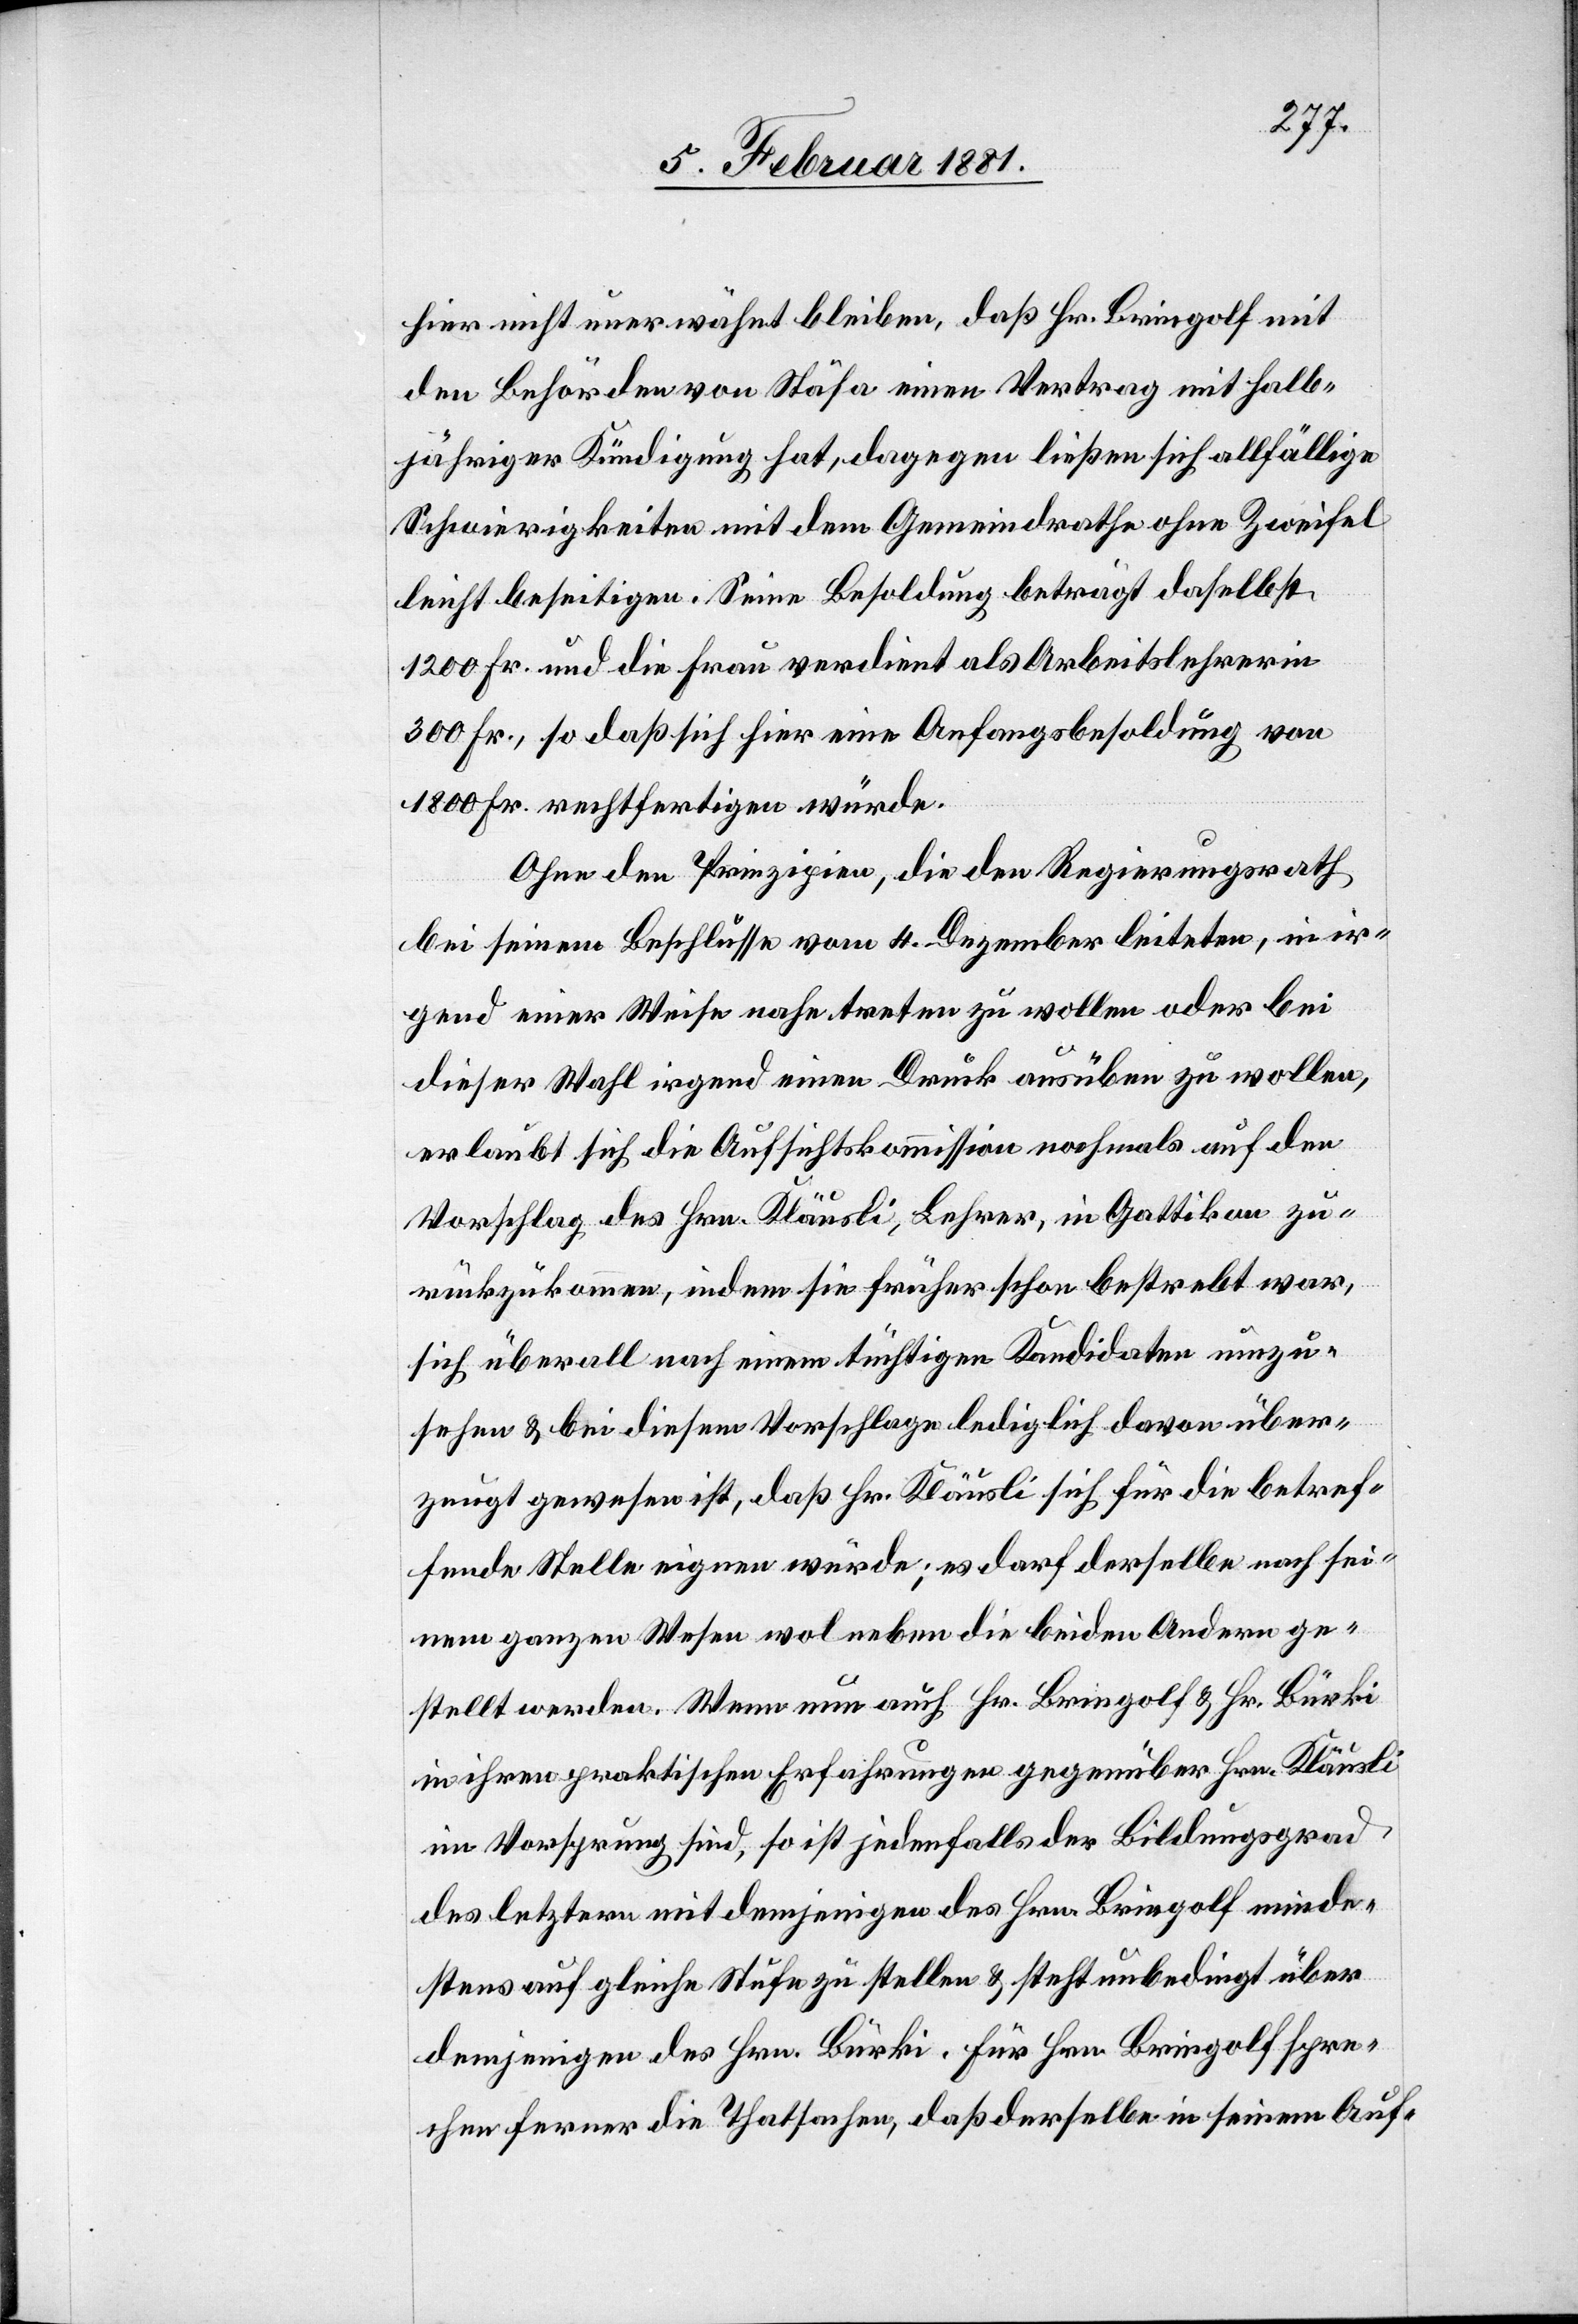
hier nicht unerwähnt bleiben, daß Hr. Bringolf mit
den Behörden von Stäfa einen Vertrag mit halb¬
jähriger Kündigung hat, dagegen ließen sich allfällige
Schwierigkeiten mit dem Gemeindrathe ohne Zweifel
leicht beseitigen. Seine Besoldung beträgt daselbst
1200 Fr. und die Frau verdient als Arbeitslehrerin
300 Fr., so daß sich hier eine Anfangsbesoldung von
1800 Fr. rechtfertigen würde.
Ohne den Prinzipien, die der Regierungsrath
bei seinem Beschlusse vom 4. Dezember leiteten, in ir¬
gend einer Weise nahe treten zu wollen oder bei
dieser Wahl irgend einen Druck ausüben zu wollen,
erlaubt sich die Aufsichtskommission nochmals auf den
Vorschlag des Hrn. Kläusli, Lehrer, in Gattikon zu¬
rückzukommen, indem sie früher schon bestrebt war,
sich überall nach einem tüchtigen Kandidaten umzu¬
sehen & bei diesem Vorschlage lediglich davon über¬
zeugt gewesen ist, daß Hr. Kläusli sich für die betref¬
fende Stelle eignen würde; es darf derselbe nach sei¬
nem ganzen Wesen wol neben die beiden Andern ge¬
stellt werden. Wenn nun auch Hr. Bringolf & Hr. Bürki
in ihren praktischen Erfahrungen gegenüber Hrn. Kläusli
im Vorsprung sind, so ist jedenfalls der Bildungsgrad
des letztern mit demjenigen des Hrn. Bringolf minde¬
stens auf gleiche Stufe zu stellen & steht unbedingt über
demjenigen des Hrn. Bürki. Für Hrn. Bringolf spre¬
chen ferner die Thatsachen, daß derselbe in seinem Auf-